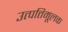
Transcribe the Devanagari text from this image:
उत्पत्तिमूलक